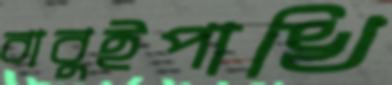
বাবুইপাখি